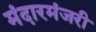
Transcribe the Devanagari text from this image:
मंदारमंजरी